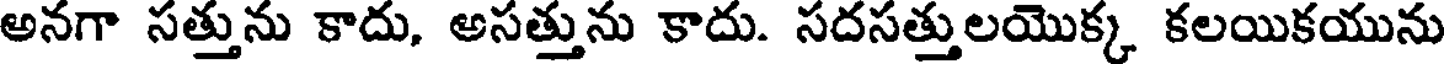
అనగా సత్తును కాదు, అసత్తును కాదు. సదసత్తులయొక్క కలయికయును